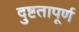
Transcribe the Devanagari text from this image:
दुष्टतापूर्ण